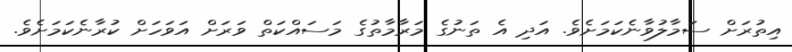
އިތުރަށް ސަމާލުވާނެކަމަށެވެ. އަދި އެ ތަނުގެ މަރާމާތުގެ މަސައްކަތް ވަރަށް އަވަހަށް ކުރާނެކަމަށެވެ.